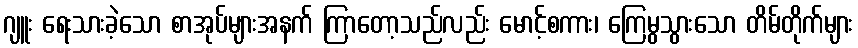
ဂျူး ရေးသားခဲ့သော စာအုပ်များအနက် ကြာတော့သည်လည်း မောင့်စကား၊ ကြေမွသွားသော တိမ်တိုက်များ